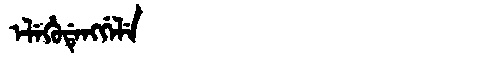
Manchu: ᡝᠯᡝᡥᡠᡩᡝᠩᡤᡝᠯᡝ
Romanization: ELEHUDENGGELE